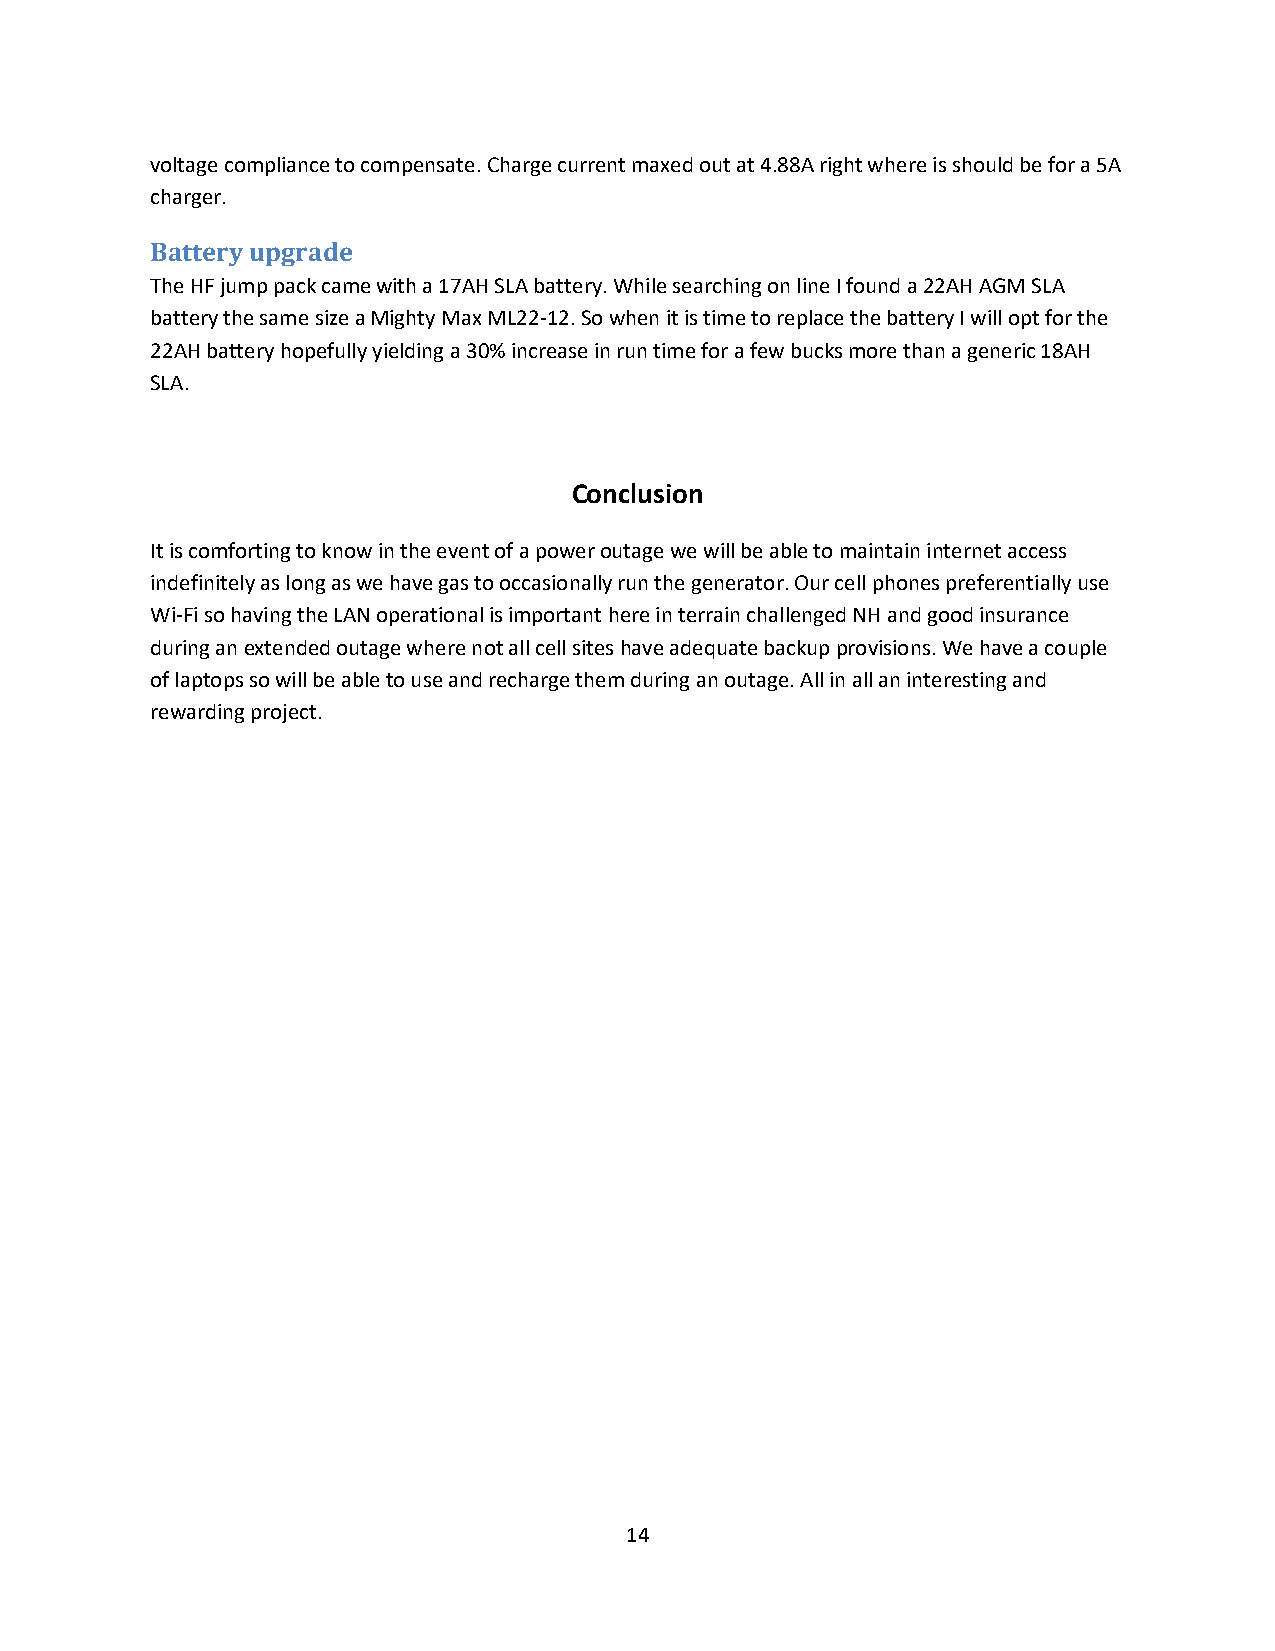
voltage compliance to compensate. Charge current maxed out at 4.88A right where is should be for a 5A
 charger.
 Battery upgrade
 The HF jump pack came with a 17AH SLA battery. While searching on line I found a 22AH AGM SLA
 battery the same size a Mighty Max ML22-12. So when it is time to replace the battery I will opt for the
 22AH battery hopefully yielding a 30% increase in run time for a few bucks more than a generic 18AH
 SLA.
 Conclusion
 It is comforting to know in the event of a power outage we will be able to maintain internet access
 indefinitely as long as we have gas to occasionally run the generator. Our cell phones preferentially use
 Wi-Fi so having the LAN operational is important here in terrain challenged NH and good insurance
 during an extended outage where not all cell sites have adequate backup provisions. We have a couple
 of laptops so will be able to use and recharge them during an outage. All in all an interesting and
 rewarding project.
 14